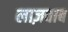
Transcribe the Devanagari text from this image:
लाज़वाब